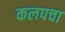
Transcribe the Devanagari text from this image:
कलपचा